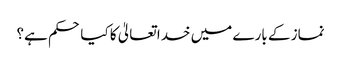
نماز کے بارے میں خدا تعالیٰ کا کیا حکم ہے؟